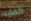
كفايه